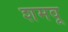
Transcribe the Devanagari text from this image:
शमवू